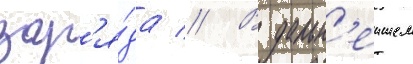
зар'я́да // В дальн'еишем